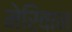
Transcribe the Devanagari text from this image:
मेरिवान